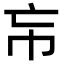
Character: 㠵